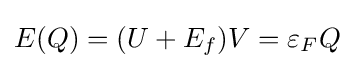
E(Q)=(U+E_{f})V=\varepsilon _{F}Q